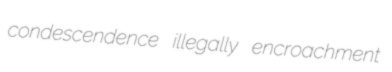
condescendence illegally encroachment